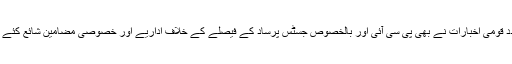
متعدد قومی اخبارات نے بھی پی سی آئی اور بالخصوص جسٹس پرساد کے فیصلے کے خلاف اداریے اور خصوصی مضامین شائع کئے ہیں۔